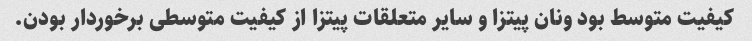
کیفیت متوسط بود ونان پیتزا و سایر متعلقات پیتزا از کیفیت متوسطی برخوردار بودن.